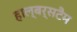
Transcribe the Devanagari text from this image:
हाल्बर्सटैम